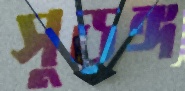
সুড়ঙ্গ